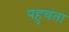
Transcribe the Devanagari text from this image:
पहुचंता